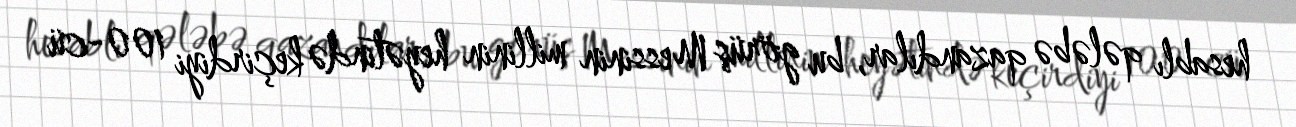
hesablı qələbə qazandılar, bu görüş Messinin millinin heyətində keçirdiyi 100-cü